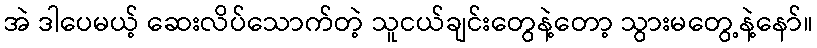
အဲ ဒါပေမယ့် ဆေးလိပ်သောက်တဲ့ သူငယ်ချင်းတွေနဲ့တော့ သွားမတွေ့နဲ့နော်။